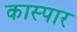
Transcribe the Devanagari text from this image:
कास्पार